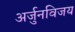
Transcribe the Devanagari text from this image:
अर्जुनविजय